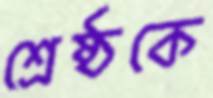
শ্রেষ্ঠকে